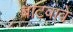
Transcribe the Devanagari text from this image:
बाटवावे